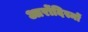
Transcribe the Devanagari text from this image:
आरोंदिस्मों